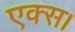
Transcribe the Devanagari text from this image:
एक्स।